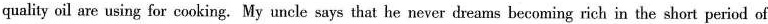
quality oil are using for cooking. My uncle says that he never dreams becoming rich in the short period of